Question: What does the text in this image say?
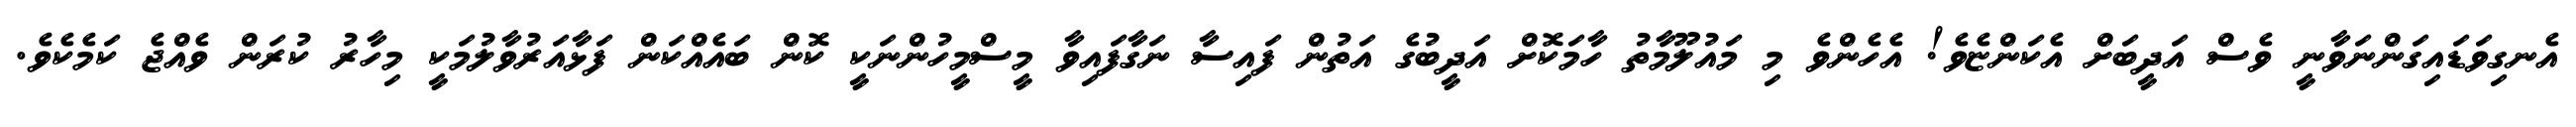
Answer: އެނގިވަޑައިގަންނަވާނީ ވެސް އަދީބަށް އެކަންޏެވެ! އެހެންވެ މި މައުލޫމާތު ހާމަކޮށް އަދީބުގެ އަތުން ފައިސާ ނަގާފައިވާ މީސްމީހުންނަކީ ކޮން ބައެއްކަން ފަޅާއަރުވާލުމަކީ މިހާރު ކުރަން ވެއްޖެ ކަމެކެވެ.